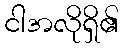
ငါအလိုရှိ၏